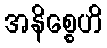
အနိစ္စေဟိ